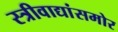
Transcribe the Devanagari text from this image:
स्त्रीवाद्यांसमोर